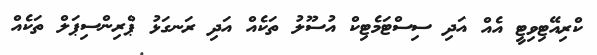
ކްރިއޭޓިވިޓީ އެއް އަދި ސިސްޓަމެޓިކް އުސޫލު ތަކެއް އަދި ރަނގަޅު ޕްރިންސިޕަލް ތަކެއް